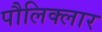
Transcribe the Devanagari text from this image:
पौलिक्लार